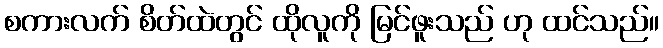
စကားလက် စိတ်ထဲတွင် ထိုလူကို မြင်ဖူးသည် ဟု ထင်သည်။